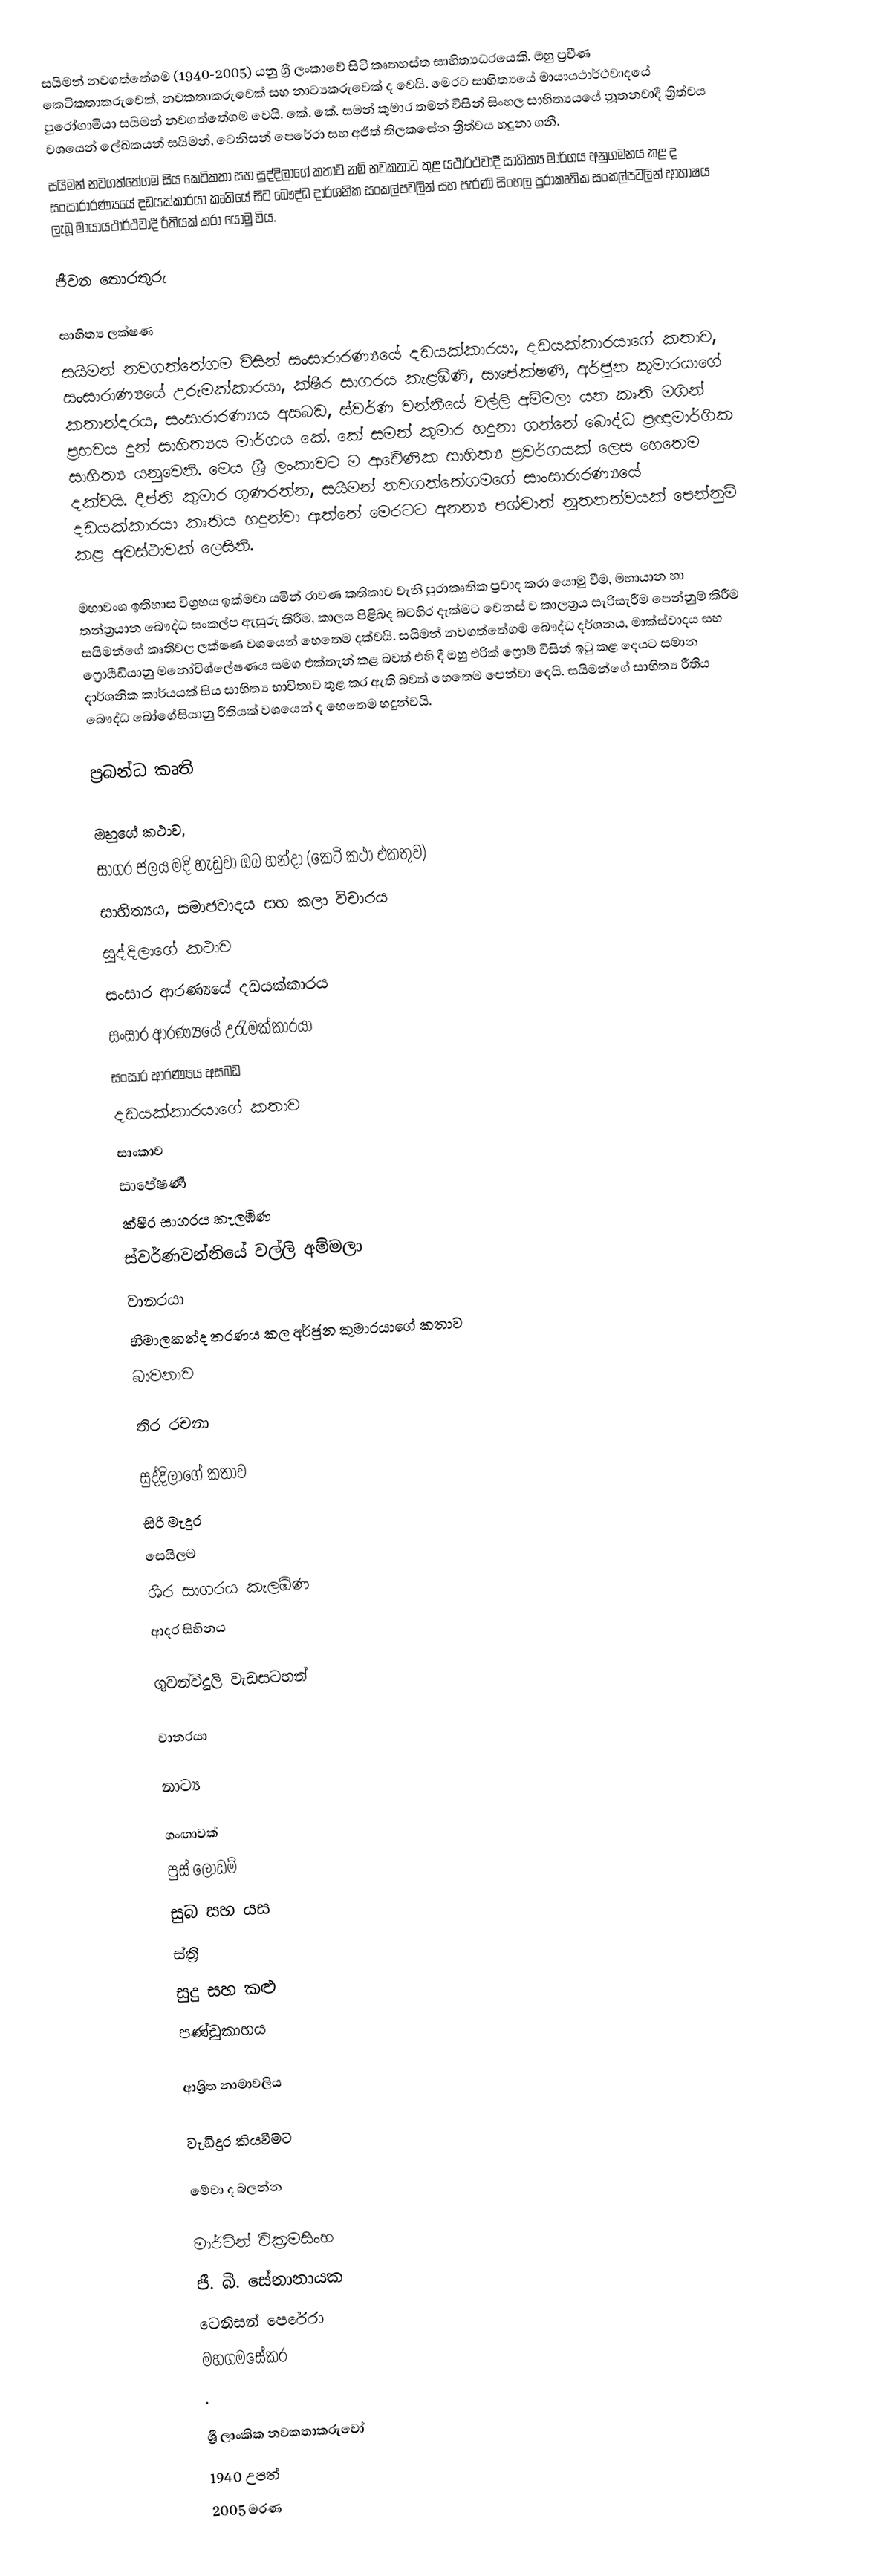
සයිමන් නවගත්තේගම (1940-2005) යනු ශ්‍රී ලංකාවේ සිටි කෘතහස්ත සාහිත්‍යධරයෙකි.  ඔහු ප්‍රවීණ කෙටිකතාකරුවෙක්, නවකතාකරුවෙක් සහ නාට්‍යකරුවෙක් ද වෙයි. මෙරට සාහිත්‍යයේ මායායථාර්ථවාදයේ පුරෝගාමියා සයිමන් නවගත්තේගම වෙයි.  කේ. කේ. සමන් කුමාර තමන් විසින් සිංහල සාහිත්‍යයයේ නූතනවාදී ත්‍රිත්වය වශයෙන් ලේඛකයන්  සයිමන්, ටෙනිසන් පෙරේරා සහ අජිත් තිලකසේන ත්‍රිත්වය හදුනා ගනී.
සයිමන් නවගත්තේගම සිය කෙටිකතා සහ සුද්දිලාගේ කතාව නම් නවකතාව තුළ යථාර්ථවාදී සාහිත්‍ය මාර්ගය අනුගමනය කළ ද සංසාරාරණ්‍යයේ දඩයක්කාරයා කෘතියේ සිට බෞද්ධ දාර්ශනික සංකල්පවලින් සහ පැරණි සිංහල පුරාකෘතික සංකල්පවලින් ආභාෂය ලැබූ මායායථාර්ථවාදී රීතියක් කරා යොමු විය.

ජීවන තොරතුරු

සාහිත්‍ය ලක්ෂණ
සයිමන් නවගත්තේගම විසින් සංසාරාරණ්‍යයේ දඩයක්කාරයා, දඩයක්කාරයාගේ කතාව, සංසාරාණ්‍යයේ උරුමක්කාරයා, ක්ෂීර සාගරය කැළඹිණි, සාපේක්ෂණී, අර්ජුන කුමාරයාගේ කතාන්දරය, සංසාරාරණ්‍යය අසබඩ, ස්වර්ණ වන්නියේ වල්ලි අම්මලා යන කෘති මගින් ප්‍රභවය දුන් සාහිත්‍යය මාර්ගය කේ. කේ සමන් කුමාර හදුනා ගන්නේ බෞද්ධ ප්‍රඥාමාර්ගික සාහිත්‍ය යනුවෙනි. මෙය ශ්‍රී ලංකාවට ම ආවේණික සාහිත්‍ය ප්‍රවර්ගයක් ලෙස හෙතෙම දක්වයි. දීප්ති කුමාර ගුණරත්න, සයිමන් නවගත්තේගමගේ සාංසාරාරණ්‍යයේ දඩයක්කාරයා කෘතිය හදුන්වා ඇත්තේ මෙරටට අනන්‍ය පශ්චාත් නූතනත්වයක් පෙන්නුම් කළ අවස්ථාවක් ලෙසිනි.

මහාවංශ ඉතිහාස විග්‍රහය ඉක්මවා යමින් රාවණ කතිකාව වැනි පුරාකෘතික ප්‍රවාද කරා යොමු වීම, මහායාන හා තන්ත්‍රයාන බෞද්ධ සංකල්ප ඇසුරු කිරීම, කාලය පිළිබද බටහිර දැක්මට වෙනස් ව කාලත්‍රය සැරිසැරීම පෙන්නුම් කිරීම සයිමන්ගේ කෘතිවල ලක්ෂණ වශයෙන් හෙතෙම දක්වයි. සයිමන් නවගත්තේගම බෞද්ධ දර්ශනය, මාක්ස්වාදය සහ ෆ්‍රොයීඩියානු මනෝවිශ්ලේෂණය සමග එක්තැන් කළ බවත් එහි දී ඔහු එරික් ෆ්‍රොම් විසින් ඉටු කළ දෙයට සමාන දාර්ශනික කාර්යයක් සිය සාහිත්‍ය භාවිතාව තුළ කර ඇති බවත් හෙතෙම පෙන්වා දෙයි. සයිමන්ගේ සාහිත්‍ය රීතිය බෞද්ධ බෝගේසියානු රීතියක් වශයෙන් ද හෙතෙම හදුන්වයි.

ප්‍රබන්ධ කෘති

ඔහුගේ කථාව,
සාගර ජලය මදි හැඩුවා ඔබ හන්දා (කෙටි කථා එකතුව)
සාහිත්‍යය, සමාජවාදය සහ කලා විචාරය
සුද්දිලාගේ කථාව
සංසාර ආරණ්‍යයේ දඩයක්කාරය
සංසාර ආරණ්‍යයේ උරැමක්කාරයා
සංසාර ආරණ්‍යය අසබඩ
දඩයක්කාරයාගේ කතාව
සාංකාව
සාපේෂණී
ක්ෂීර සාගරය කැලඹිණ
ස්වර්ණවන්නියේ වල්ලි අම්මලා
වානරයා
හිමාලකන්ද තරණය කල අර්ජුන කුමාරයාගේ කතාව
බාවනාව

තිර රචනා

සුද්දිලාගේ කතාව
සිරි මැදුර
සෙයිලම
ශීර සාගරය කැලඹිණ
ආදර සිහිනය

ගුවන්විදුලි වැඩසටහන්

වානරයා

නාට්‍ය

ගංඟාවක්
පුස් ලෝඩම්
සුබ සහ යස
ස්ත්‍රි
සුදු සහ කළු
පණ්ඩුකාභය

ආශ්‍රිත නාමාවලිය

වැඩිදුර කියවීමට

මේවා ද බලන්න

මාර්ටින් වික්‍රමසිංහ
ජී. බී. සේනානායක
ටෙනිසන් පෙරේරා
මහගමසේකර
.

ශ්‍රී ලාංකික නවකතාකරුවෝ
1940 උපත්
2005 මරණ